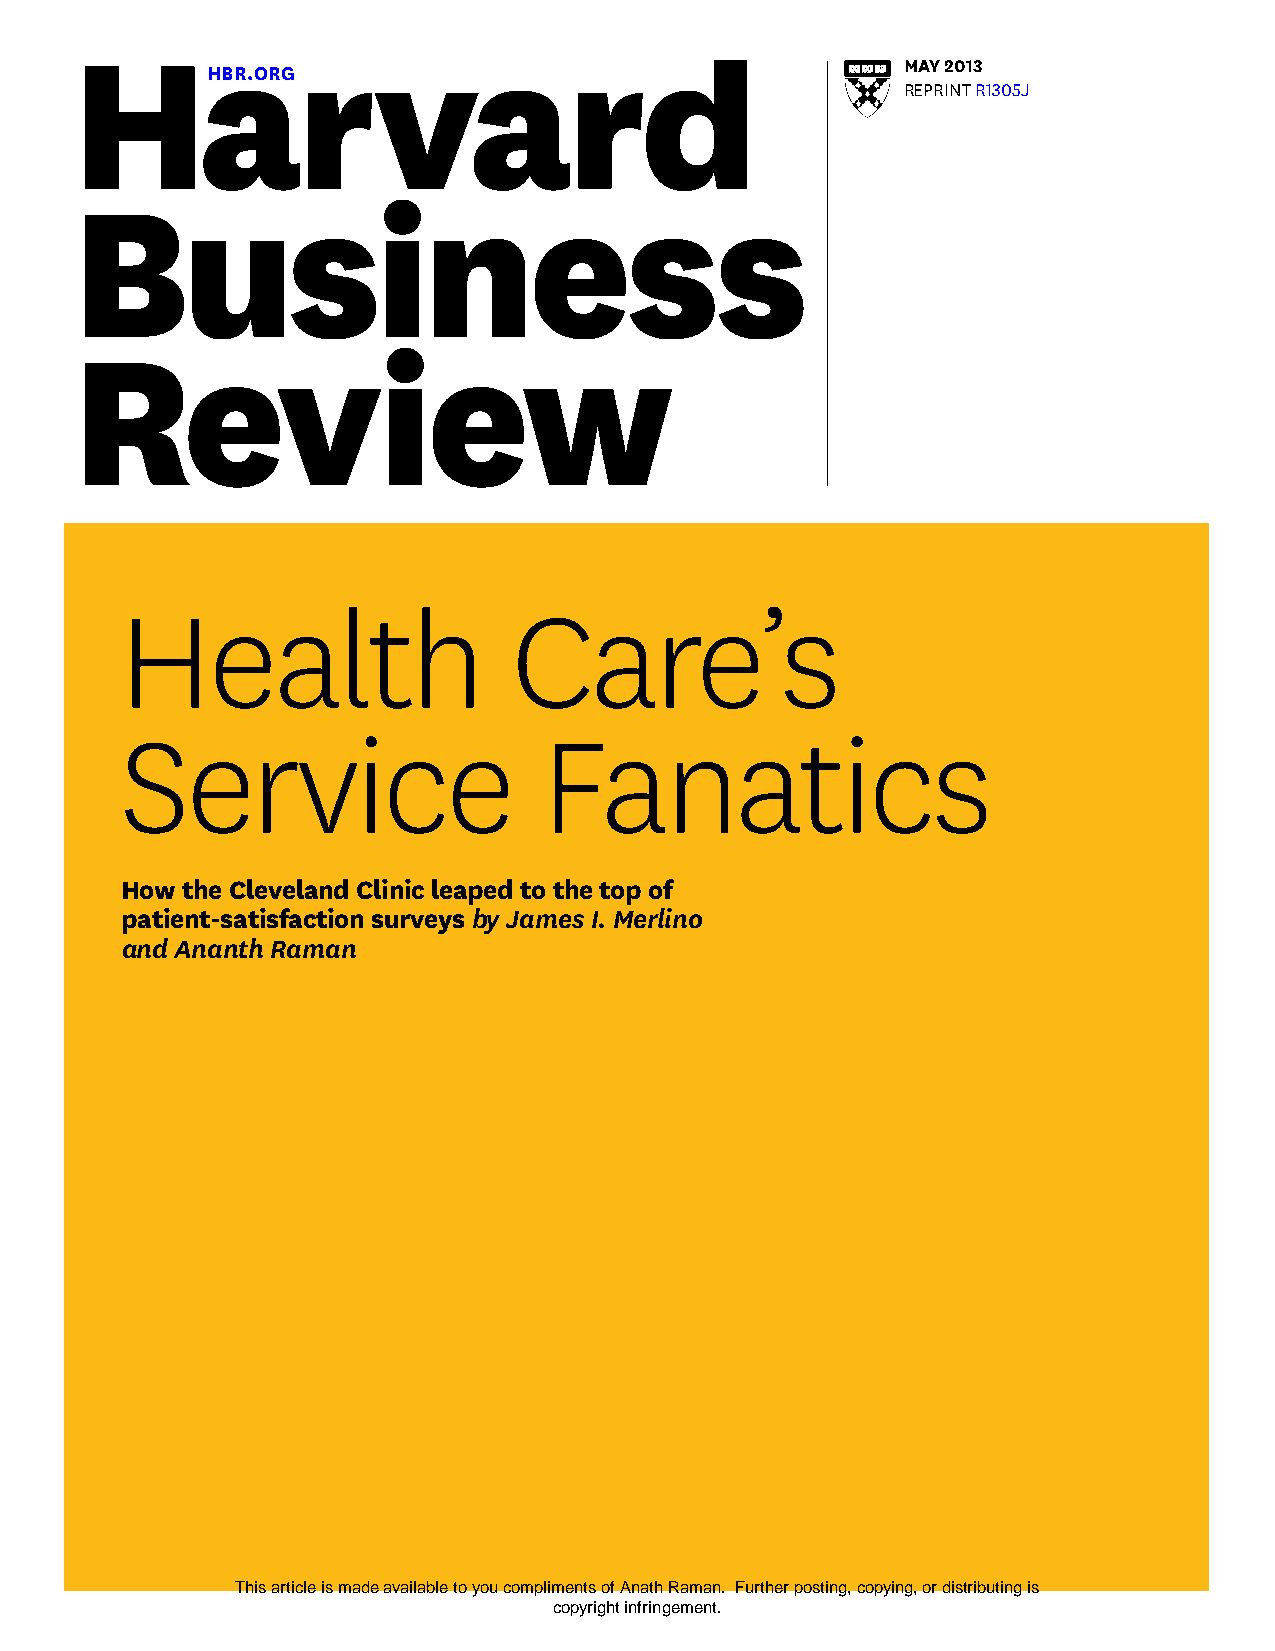
May 2013
 HBR.ORG
 reprinT r1305J
 Health                    Care’s
 Service                    Fanatics
 How the Cleveland Clinic leaped to the top of
 patient-satisfaction surveys by James I. Merlino
 and Ananth Raman
 This article is made available to you compliments of Anath Raman. Further posting, copying, or distributing is
 copyright infringement.